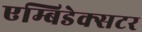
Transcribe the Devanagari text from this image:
एम्बिडेक्सटर